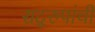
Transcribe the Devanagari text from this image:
सद्‌रुपांची